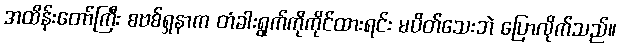
အထိန်းတော်ကြီး စဗစ်ရှနာက တံခါးရွက်ကိုကိုင်ထားရင်း မပိတ်သေးဘဲ ပြောလိုက်သည်။